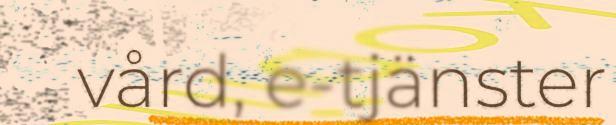
vård, e-tjänster